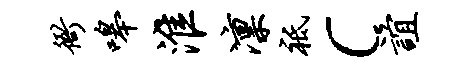
衙嗥淮凛祗c谊